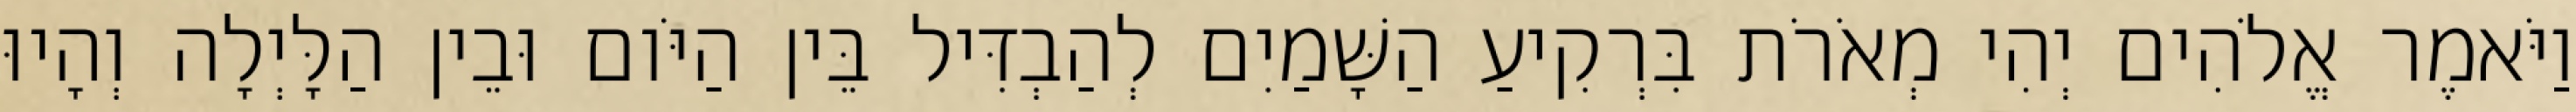
וַיֹּאמֶר אֱלֹהִים יְהִי מְאֹרֹת בִּרְקִיעַ הַשָּׁמַיִם לְהַבְדִּיל בֵּין הַיֹּום וּבֵין הַלָּיְלָה וְהָיוּ